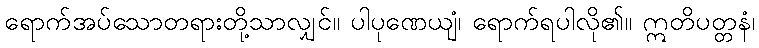
ရောက်အပ်သောတရားတို့သာလျှင်။ ပါပုဏေယျံ၊ ရောက်ရပါလို၏။ ဣတိပတ္တနံ၊